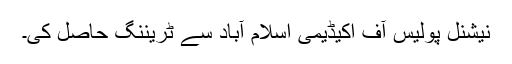
نیشنل پولیس آف اکیڈیمی اسلام آباد سے ٹریننگ حاصل کی۔